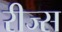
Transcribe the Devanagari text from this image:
रीज्स